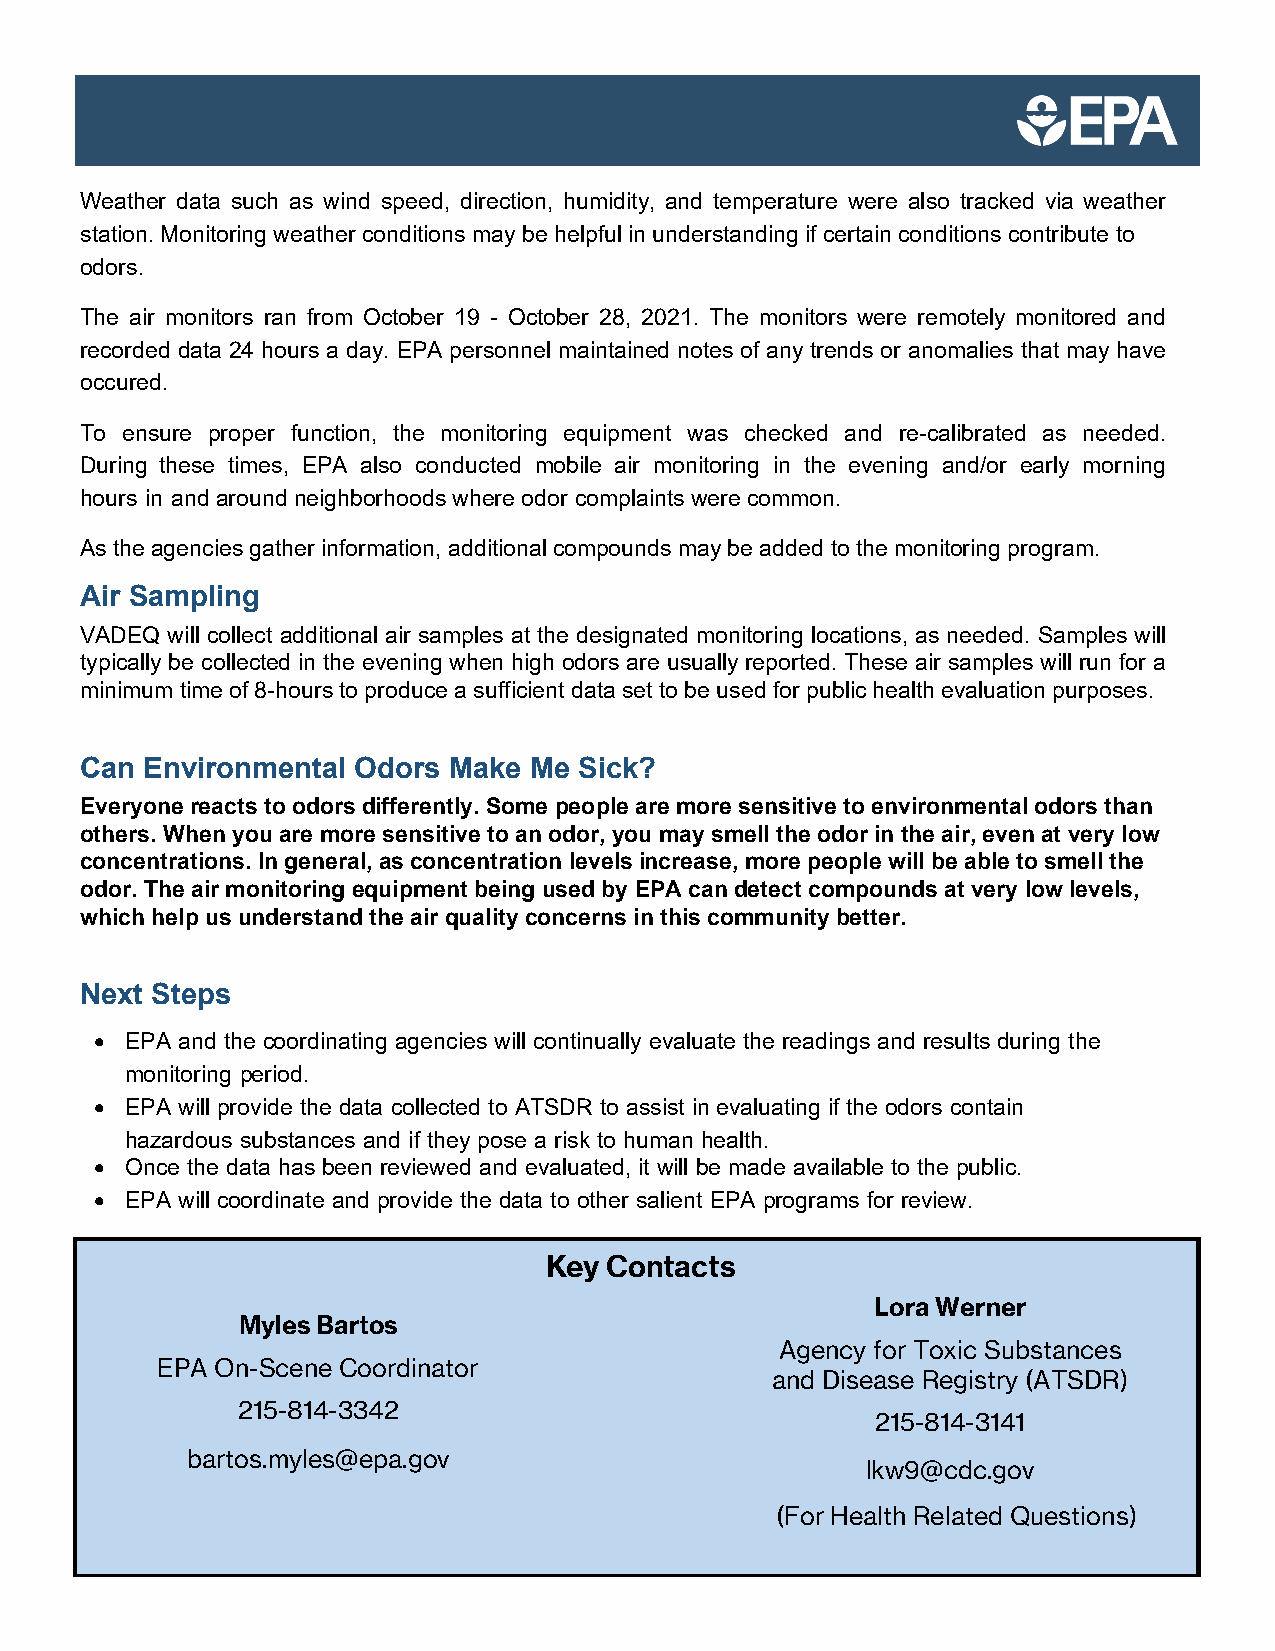
Weather data such as wind speed, direction, humidity, and temperature were also tracked via weather
 station. Monitoring weather conditions may be helpful in understanding if certain conditions contribute to
 odors.
 The air monitors ran from October 19 - October 28, 2021. The monitors were remotely monitored and
 recorded data 24 hours a day. EPA personnel maintained notes of any trends or anomalies that may have
 occured.
 To ensure proper function, the monitoring equipment was checked and re-calibrated as needed.
 During these times, EPA also conducted mobile air monitoring in the evening and/or early morning
 hours in and around neighborhoods where odor complaints were common.
 As the agencies gather information, additional compounds may be added to the monitoring program.
 Air Sampling
 VADEQ will collect additional air samples at the designated monitoring locations, as needed. Samples will
 typically be collected in the evening when high odors are usually reported. These air samples will run for a
 minimum time of 8-hours to produce a sufficient data set to be used for public health evaluation purposes.
 Can Environmental Odors  Make Me Sick?
 Everyone reacts to odors differently. Some people are more sensitive to environmental odors than
 others. When you are more sensitive to an odor, you may smell the odor in the air, even at very low
 concentrations. In general, as concentration levels increase, more people will be able to smell the
 odor. The air monitoring equipment being used by EPA can detect compounds at very low levels,
 which help us understand the air quality concerns in this community better.
 Next Steps
 • EPA and the coordinating agencies will continually evaluate the readings and results during the
 monitoring period.
 • EPA will provide the data collected to ATSDR to assist in evaluating if the odors contain
 hazardous substances and if they pose a risk to human health.
 • Once the data has been reviewed and evaluated, it will be made available to the public.
 • EPA will coordinate and provide the data to other salient EPA programs for review.
 Key Contacts
 Lora Werner
 Myles Bartos
 Agency for Toxic Substances
 EPA On-Scene Coordinator
 and Disease Registry (ATSDR)
 215-814-3342
 215-814-3141
 bartos.myles@epa.gov
 lkw9@cdc.gov
 (For Health Related Questions)